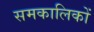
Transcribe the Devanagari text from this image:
समकालिकों